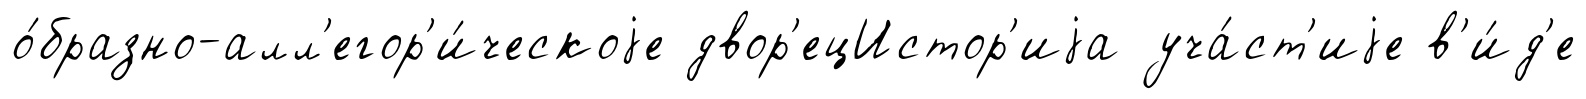
о́бразно-алл'егор'и́ческоjе двор'ецИстор'иjа уча́ст'иjе в'и́д'е